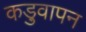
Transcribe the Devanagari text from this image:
कड़ुवापन